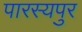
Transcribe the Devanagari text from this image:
पारस्यपुर